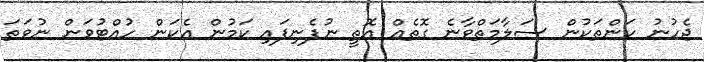
ޖެހުނު ކަންތަކުން ސަލާމަތްވާނެ ގޮތެއް އޮތީ ނުފެނިފައި ކަމުން އެކަން ހުއްޓުވަން ނުވަތަ